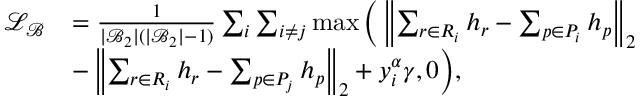
\begin{array} { r l } { \mathcal { L } _ { \mathcal { B } } } & { = \frac { 1 } { | \mathcal { B } _ { 2 } | ( | \mathcal { B } _ { 2 } | - 1 ) } \sum _ { i } \sum _ { i \neq j } \operatorname* { m a x } \Big ( \left\| \sum _ { r \in R _ { i } } h _ { r } - \sum _ { p \in P _ { i } } h _ { p } \right\| _ { 2 } } \\ & { - \left\| \sum _ { r \in R _ { i } } h _ { r } - \sum _ { p \in P _ { j } } h _ { p } \right\| _ { 2 } + y _ { i } ^ { \alpha } \gamma , 0 \Big ) , } \end{array}